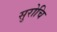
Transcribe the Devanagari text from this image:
सुरोचि